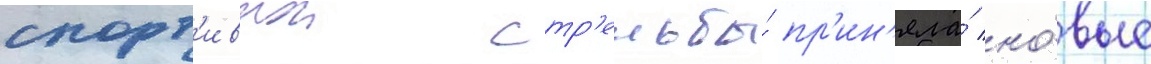
спорт'ивнои стр'ельбы́ пр'ин'яла́ но́вые